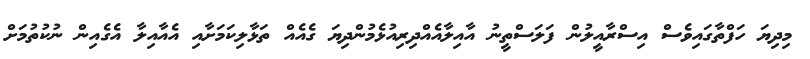
މިދިޔަ ހަފްތާގައިވެސް އިސްރާއީލުން ފަލަސްތީނު އާއިލާއެއްދިރިއުޅެމުންދިޔަ ގެއެއް ތަޅާލިކަމަށާއި އެއާއިލާ އެގެއިން ނުކުތުމަށް